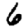
Digit: 6